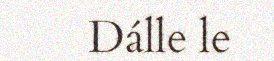
Dálle le